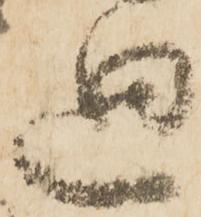
廻